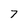
Character: 7